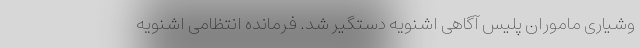
وشیاری ماموران پلیس آگاهی اشنویه دستگیر شد. فرمانده انتظامی اشنویه